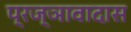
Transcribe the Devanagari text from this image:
प्रज्ञावादास